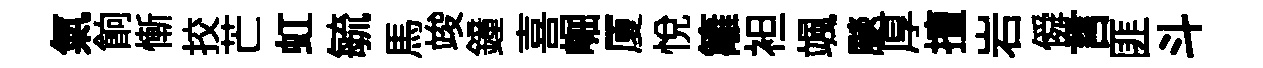
氣餉慚挍芒虹毓馬竣鐘喜崛厦悦籬袒颯颷厚擅岩僢言匪斗